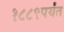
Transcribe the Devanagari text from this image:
१८८९पर्यंत